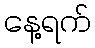
နေ့ရက်